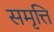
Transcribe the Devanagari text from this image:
समृत्ति